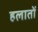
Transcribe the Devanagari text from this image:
हलातों